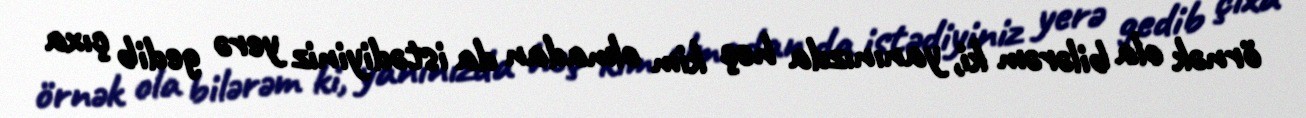
örnək ola bilərəm ki, yanınızda heç kim olmadan da istədiyiniz yerə gedib çıxa